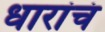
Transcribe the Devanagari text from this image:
धारांचं